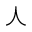
\curlywedge